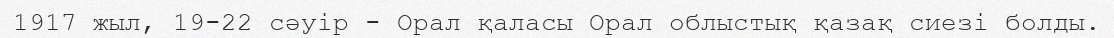
1917 жыл, 19-22 сәуір - Орал қаласы Орал облыстық қазақ сиезі болды.